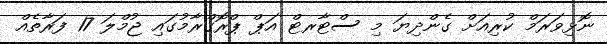
ނޮޅިވަރަމް ކުރިއަށް ގެންދިޔަ މި ސްޓާރޓް އަޕް ޕްރޮގްރާމުގައި ޖުމްލަ 17 ފަރާތެއް